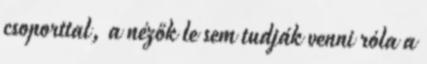
csoporttal, a nézők le sem tudják venni róla a